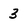
Character: 3